Civil Veterinary Department. Central Provinces & Berar 1932-41 - 1932-1941
Year: 1932
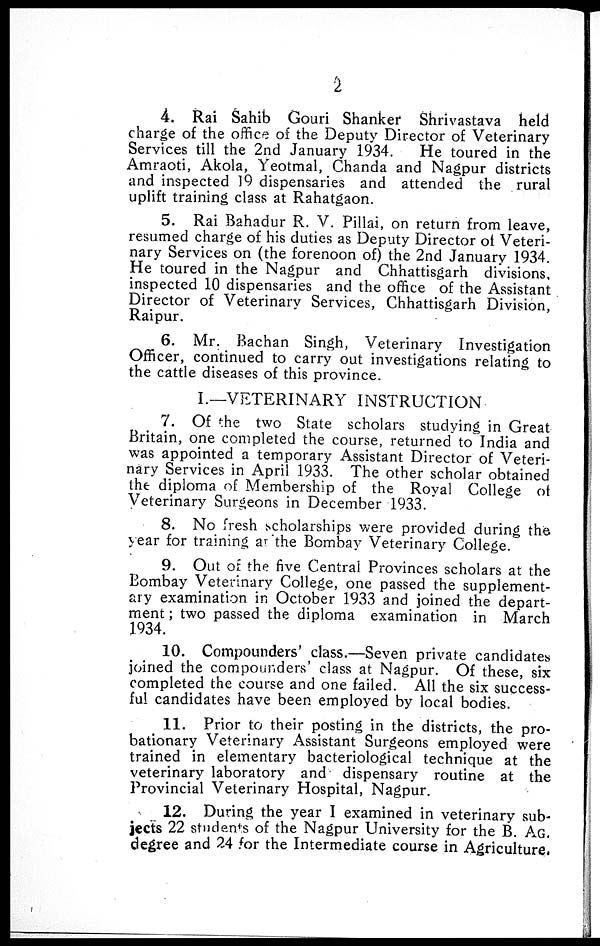
2
4. Rai Sahib Gouri Shanker Shrivastava held
charge of the office of the Deputy Director of Veterinary
Services till the 2nd January 1934.
He toured in the
Amraoti, Akola, Yeotmal, Chanda and Nagpur districts
and inspected 19 dispensaries and attended the rural
uplift training class at Rahatgaon.
5. Rai Bahadur R. V. Pillai, on return from leave,
resumed charge of his duties as Deputy Director of Veteri-
nary Services on (the forenoon of) the 2nd January 1934.
He toured in the Nagpur and Chhattisgarh divisions,
inspected 10 dispensaries and the office of the Assistant
Director of Veterinary Services, Chhattisgarh Division,
Raipur.
6. Mr. Bachan Singh, Veterinary Investigation
Officer, continued to carry out investigations relating to
the cattle diseases of this province.
I.—VETERINARY INSTRUCTION
7. Of the two State scholars studying in Great
Britain, one completed the course, returned to India and
was appointed a temporary Assistant Director of Veteri-
nary Services in April 1933. The other scholar obtained
the diploma of Membership of the Royal College of
Veterinary Surgeons in December 1933.
8. No fresh scholarships were provided during the
year for training at the Bombay Veterinary College.
9. Out of the five Central Provinces scholars at the
Bombay Veterinary College, one passed the supplement-
ary examination in October 1933 and joined the depart-
ment; two passed the diploma examination in March
1934.
10. Compounders' class.—Seven private candidates
joined the compounders' class at Nagpur. Of these, six
completed the course and one failed. All the six success-
ful candidates have been employed by local bodies.
11. Prior to their posting in the districts, the pro-
bationary Veterinary Assistant Surgeons employed were
trained in elementary bacteriological technique at the
veterinary laboratory and dispensary routine at the
Provincial Veterinary Hospital, Nagpur.
12. During the year I examined in veterinary sub-
jects 22 students of the Nagpur University for the B. AG.
degree and 24 for the Intermediate course in Agriculture.